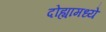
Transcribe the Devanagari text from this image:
दोह्यामध्ये